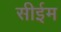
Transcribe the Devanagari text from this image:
सीईम